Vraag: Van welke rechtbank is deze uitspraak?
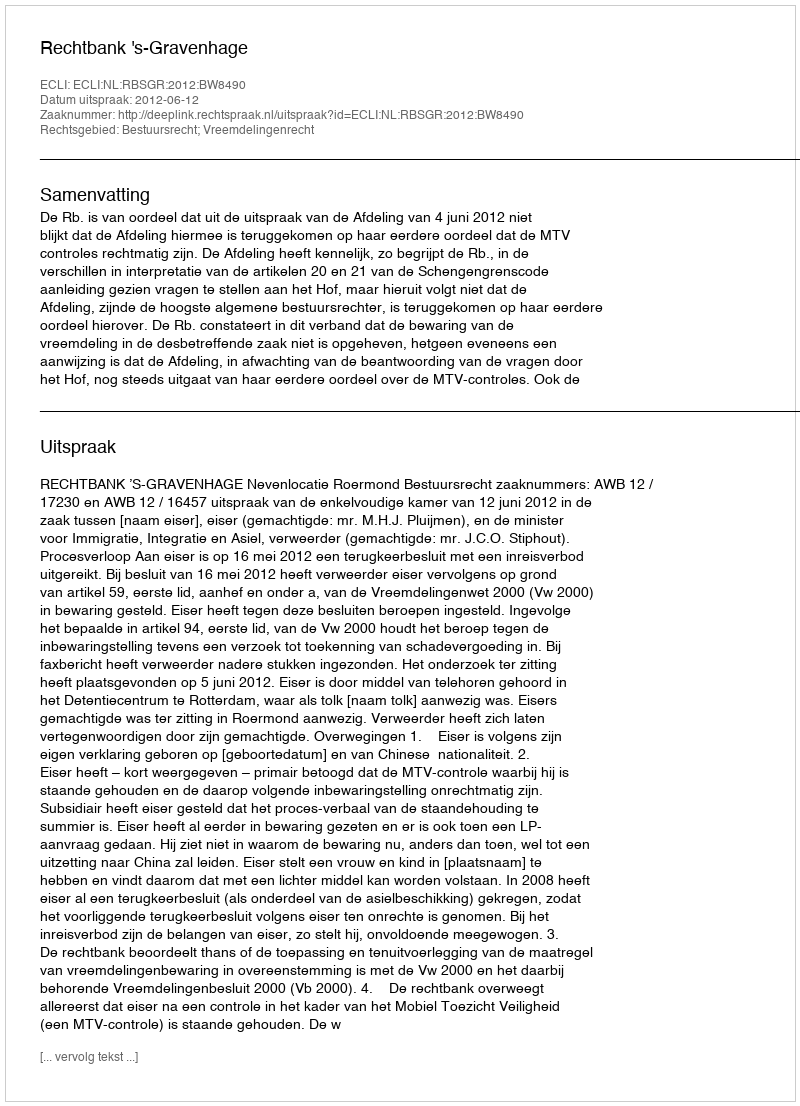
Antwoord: Rechtbank 's-Gravenhage